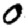
Digit: 0